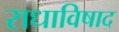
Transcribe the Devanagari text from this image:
राधाविषाद